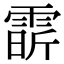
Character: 𩃟